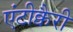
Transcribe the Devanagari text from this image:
एंटीक्वैरी